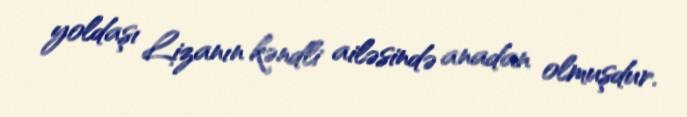
yoldaşı Lizanın kəndli ailəsində anadan olmuşdur.